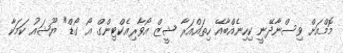
މޮމްއަށް ވިސްނާދޭނީ ކިހިނެއްބާއޭ ހިތައްއަރާ ޝީޒް އޯވާރިއެކްޓިންގް އޯ ގޯޑް" ޔޫޝައު ކަމަކާ